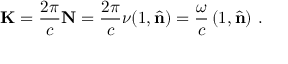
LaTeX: \mathbf { K } = { \frac { 2 \pi } { c } } \mathbf { N } = { \frac { 2 \pi } { c } } \nu ( 1 , { \hat { \mathbf { n } } } ) = { \frac { \omega } { c } } \left( 1 , { \hat { \mathbf { n } } } \right) \, .